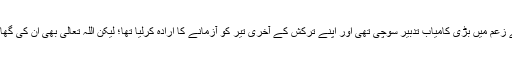
اُنھوں نے اپنے زعم میں بڑی کامیاب تدبیر سوچی تھی اور اپنے ترکش کے آخری تیر کو آزمانے کا اِرادہ کرلیا تھا؛ لیکن اللہ تعالیٰ بھی اُن کی گھات میں لگا تھا۔